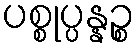
ပစ္စုပ္ပန္နဉ္စ